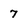
Character: 7